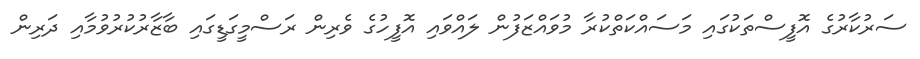
ސަރުކާރުގެ އޮފީސްތަކުގައި މަސައްކަތްކުރާ މުވައްޒަފުން ލައްވައި އޮފީހުގެ ވެރިން ރަސްމީގަޑީގައި ބާޒާރުކުރުވުމާއި ދަރިން